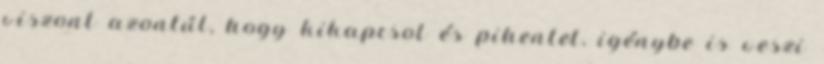
viszont azontúl, hogy kikapcsol és pihentet, igénybe is veszi